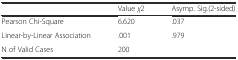
<table><thead><tr><td></td><td><b>Value <i>χ</i>2</b></td><td><b>Asymp. Sig.(2-sided)</b></td></tr></thead><tbody><tr><td>Pearson Chi-Square</td><td>6.620</td><td>.037</td></tr><tr><td>Linear-by-Linear Association</td><td>.001</td><td>.979</td></tr><tr><td>N of Valid Cases</td><td>200</td><td></td></tr></tbody></table>